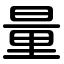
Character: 量